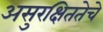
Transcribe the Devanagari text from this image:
असुरक्षिततेचे